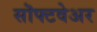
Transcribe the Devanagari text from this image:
सॊफ्टवेअर